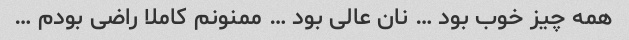
همه چیز خوب بود … نان عالی بود … ممنونم کاملا راضی بودم …